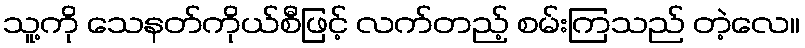
သူ့ကို သေနတ်ကိုယ်စီဖြင့် လက်တည့် စမ်းကြသည် တဲ့လေ။